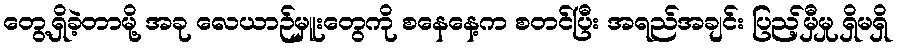
တွေ့ရှိခဲ့တာမို့ အခု လေယာဉ်မှူးတွေကို စနေနေ့က စတင်ပြီး အရည်အချင်း ပြည့်မှီမှု ရှိမရှိ